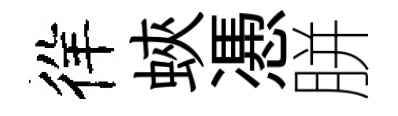
徉蛺慿胼